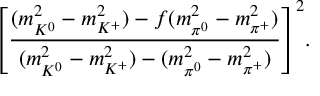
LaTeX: { \left[ \frac { ( m _ { K ^ { 0 } } ^ { 2 } - m _ { K ^ { + } } ^ { 2 } ) - f ( m _ { \pi ^ { 0 } } ^ { 2 } - m _ { \pi ^ { + } } ^ { 2 } ) } { ( m _ { K ^ { 0 } } ^ { 2 } - m _ { K ^ { + } } ^ { 2 } ) - ( m _ { \pi ^ { 0 } } ^ { 2 } - m _ { \pi ^ { + } } ^ { 2 } ) } \right] } ^ { 2 } .